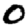
Digit: 0